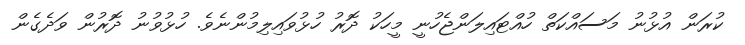
ކުރަން އުޅުނު މަސައްކަތް ހުއްޓައިލަންޖެހުނީ މީހަކު ދޮރު ހުޅުވައިލިމުންނެވެ. ހުޅުވުނު ދޮރުން ވަދެގެން